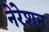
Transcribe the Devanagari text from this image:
नेरेशन